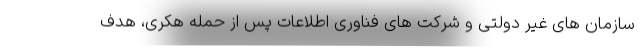
سازمان های غیر دولتی و شرکت های فناوری اطلاعات پس از حمله هکری، هدف